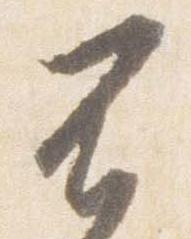
不